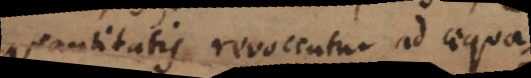
quantitatis revocentur ad aequa